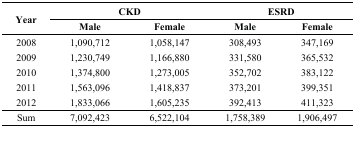
| <ROWSPAN=2> Year | <COLSPAN=2> CKD | <COLSPAN=2> ESRD |
 | Male | Female | Male | Female |
 | --- | --- | --- | --- | --- |
 | 2008 | 1,090,712 | 1,058,147 | 308,493 | 347,169 |
 | 2009 | 1,230,749 | 1,166,880 | 331,580 | 365,532 |
 | 2010 | 1,374,800 | 1,273,005 | 352,702 | 383,122 |
 | 2011 | 1,563,096 | 1,418,837 | 373,201 | 399,351 |
 | 2012 | 1,833,066 | 1,605,235 | 392,413 | 411,323 |
 | Sum | 7,092,423 | 6,522,104 | 1,758,389 | 1,906,497 |